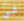
فى